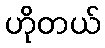
ဟိုတယ်